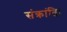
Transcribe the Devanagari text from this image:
संक्रांति।